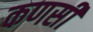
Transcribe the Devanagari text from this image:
कणसी